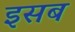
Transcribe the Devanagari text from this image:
इसब